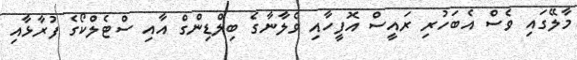
މާލޭގައި ވެސް އެބަހުރި ރައީސް އޮފީހާއި ވެލާނާގެ ބިލްޑިންގް އާއި ސްޓެލްކޯގެ ފުރާޅާއި